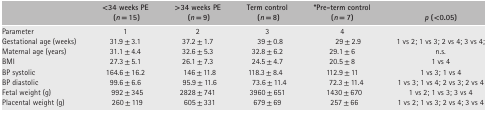
<table><thead><tr><td></td><td><b>&lt;34 weeks PE (<i>n</i> = 15)</b></td><td><b>&gt;34 weeks PE (<i>n</i> = 9)</b></td><td><b>Term control (<i>n</i> = 8)</b></td><td><b>*Pre-term control (<i>n</i> = 7)</b></td><td><b><i>p</i> (&lt;0.05)</b></td></tr></thead><tbody><tr><td>Parameter</td><td>1</td><td>2</td><td>3</td><td>4</td><td></td></tr><tr><td>Gestational age (weeks)</td><td>31.9 ± 3.1</td><td>37.2 ± 1.7</td><td>39 ± 0.8</td><td>29 ± 2.9</td><td>1 vs 2; 1 vs 3; 2 vs 4; 3 vs 4;</td></tr><tr><td>Maternal age (years)</td><td>31.1 ± 4.4</td><td>32.6 ± 5.3</td><td>32.8 ± 6.2</td><td>29.1 ± 6</td><td>n.s.</td></tr><tr><td>BMI</td><td>27.3 ± 5.1</td><td>26.1 ± 7.3</td><td>24.5 ± 4.7</td><td>20.5 ± 8</td><td>1 vs 4</td></tr><tr><td>BP systolic</td><td>164.6 ± 16.2</td><td> 146 ± 11.8</td><td>118.3 ± 8.4 </td><td>112.9 ± 11</td><td>1 vs 3; 1 vs 4</td></tr><tr><td>BP diastolic</td><td>99.6 ± 6.6</td><td> 95.9 ± 11.6</td><td> 73.6 ± 11.4</td><td>72.3 ± 11.4</td><td>1 vs 3; 1 vs 4; 2 vs 3; 2 vs 4</td></tr><tr><td>Fetal weight (g)</td><td> 992 ± 345</td><td>2828 ± 741</td><td>3960 ± 651</td><td> 1430 ± 670</td><td>1 vs 2; 1 vs 3; 3 vs 4</td></tr><tr><td>Placental weight (g)</td><td> 260 ± 119</td><td> 605 ± 331</td><td>679 ± 69</td><td> 257 ± 66</td><td>1 vs 2; 1 vs 3; 2 vs 4; 3 vs 4</td></tr></tbody></table>